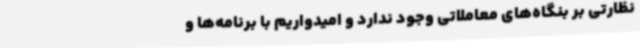
نظارتی بر بنگاه‌های معاملاتی وجود ندارد و امیدواریم با برنامه‌ها و